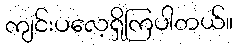
ကျင်းပလေ့ရှိကြပါတယ်။